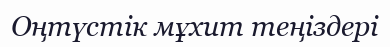
Оңтүстік мұхит теңіздері